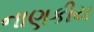
નાણકીય